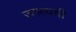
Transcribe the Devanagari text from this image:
जगत्यची